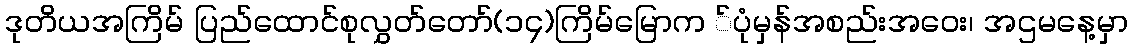
ဒုတိယအကြိမ် ပြည်ထောင်စုလွှတ်တော်(၁၄)ကြိမ်မြောက ်ပုံမှန်အစည်းအဝေး၊ အဌမနေ့မှာ